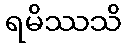
ရမိဿသိ